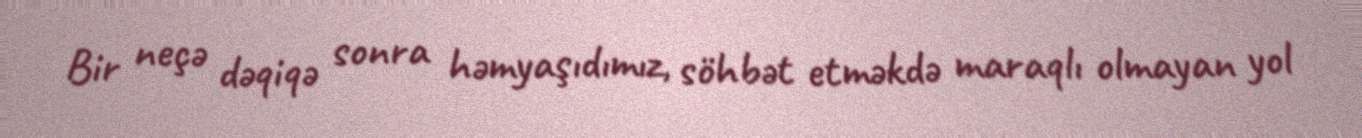
Bir neçə dəqiqə sonra həmyaşıdımız, söhbət etməkdə maraqlı olmayan yol